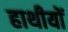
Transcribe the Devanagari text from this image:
हाथीयों